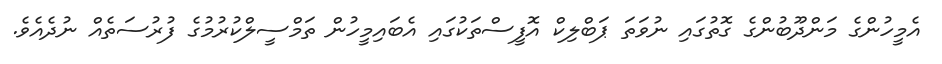
އެމީހުންގެ މަންދޫބުންގެ ގޮތުގައި ނުވަތަ ޕަބްލިކް އޮފީސްތަކުގައި އެބައިމީހުން ތަމްސީލްކުރުމުގެ ފުރުސަތެއް ނުދެއެވެ.